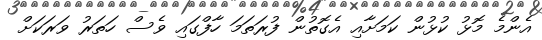
އެންމެ މޮޅު ކުޅުން ކަމަށާއި އެގޮތުން ފުރަތަމަ ހާފްގައި ވެސް ހަތަރު ވަރަކަށް